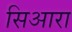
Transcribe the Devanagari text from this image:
सिआरा